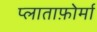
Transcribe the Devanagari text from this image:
प्लाताफ़ोर्मा